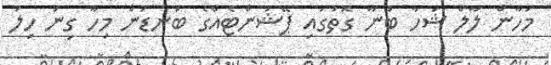
މަހާން ލާލް ޝަހާ ބުނާ ގޮތުގައި ޕޭޝަންޓެއްގެ ބަނޑުން މިހާ ގިނަ ހިލަ